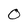
Character: 0